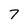
Character: 7